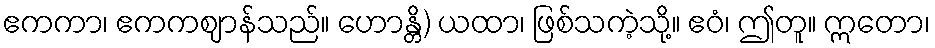
ဧကကာ၊ ဧကကဈာန်သည်။ ဟောန္တိ) ယထာ၊ ဖြစ်သကဲ့သို့။ ဧဝံ၊ ဤတူ။ ဣတော၊